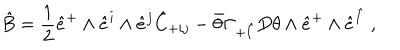
\hat { B } = \frac { 1 } { 2 } \hat { e } ^ { + } \wedge \hat { e } ^ { i } \wedge \hat { e } ^ { j } \hat { C } _ { + i j } - \bar { \theta } \Gamma _ { + \hat { I } } D \theta \wedge \hat { e } ^ { + } \wedge \hat { e } ^ { \hat { I } } ~ ,